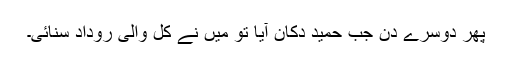
پھر دوسرے دن جب حمید دکان آیا تو میں نے کل والی روداد سنائی۔